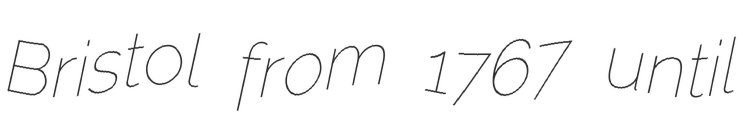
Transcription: Bristol from 1767 until